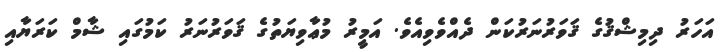
އަހަރު ދިމިޝްޤުގެ ޤަވަރުނަރުކަން ދެއްވެވިއެވެ. އަމީރު މުޢާވިޔަތުގެ ޤަވަރުނަރު ކަމުގައި ޝާމް ކަރަޔާއި